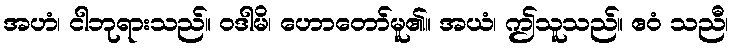
အဟံ၊ ငါဘုရားသည်။ ဝဒါမိ၊ ဟောတော်မူ၏။ အယံ၊ ဤသူသည်။ ဧဝံ သညီ၊